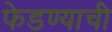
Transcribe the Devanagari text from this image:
फेडण्याची